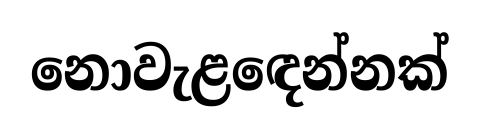
නොවැළඳෙන්නක්